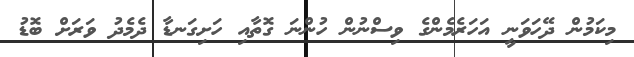
މިކަމުން ދޭހަވަނީ އަހަރެމެންގެ ވިސްނުން ހުންނަ ގޮތާއި ހަށިގަނޑާ ދެމެދު ވަރަށް ބޮޑު